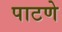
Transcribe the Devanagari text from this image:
पाटणे